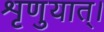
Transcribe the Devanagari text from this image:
शृणुयात्।